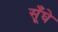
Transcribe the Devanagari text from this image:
सूँघे